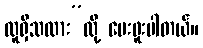
လူရှိသလား”လို့ မေးဖူးပါတယ်။